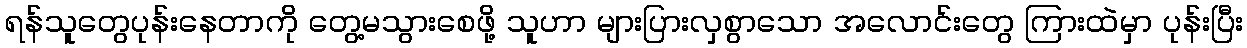
ရန်သူတွေပုန်းနေတာကို တွေ့မသွားစေဖို့ သူဟာ များပြားလှစွာသော အလောင်းတွေ ကြားထဲမှာ ပုန်းပြီး